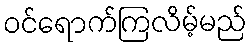
ဝင်ရောက်ကြလိမ့်မည်